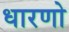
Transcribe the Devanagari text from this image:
धारणो